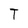
Character: T